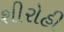
શીરોહી